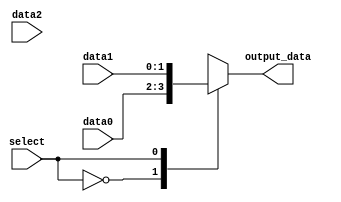
module parallel_case_mux (
    input select,
    input [1:0] data0,
    input [1:0] data1,
    input [1:0] data2,
    output reg [1:0] output_data
);

always @*
begin
    case (select)
        2'b00: output_data = data0; // when select is 00, output_data is data0
        2'b01: output_data = data1; // when select is 01, output_data is data1
        2'b10: output_data = data2; // when select is 10, output_data is data2
        default: output_data = 2'b00; // default case, output_data is 00
    endcase
end

endmodule